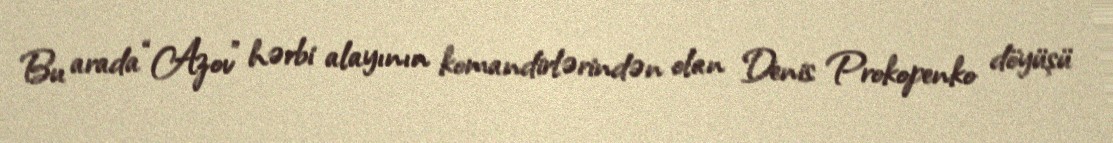
Bu arada “Azov” hərbi alayının komandirlərindən olan Denis Prokopenko döyüşü